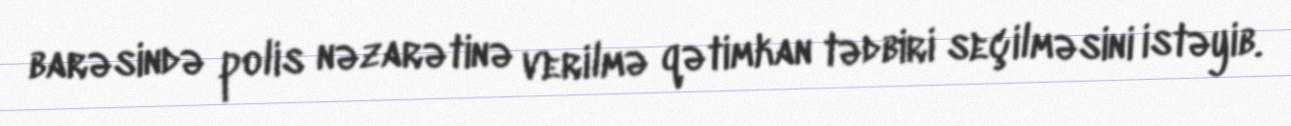
barəsində polis nəzarətinə verilmə qətimkan tədbiri seçilməsini istəyib.